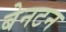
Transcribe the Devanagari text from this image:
बेनटन